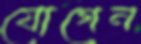
যোগেন